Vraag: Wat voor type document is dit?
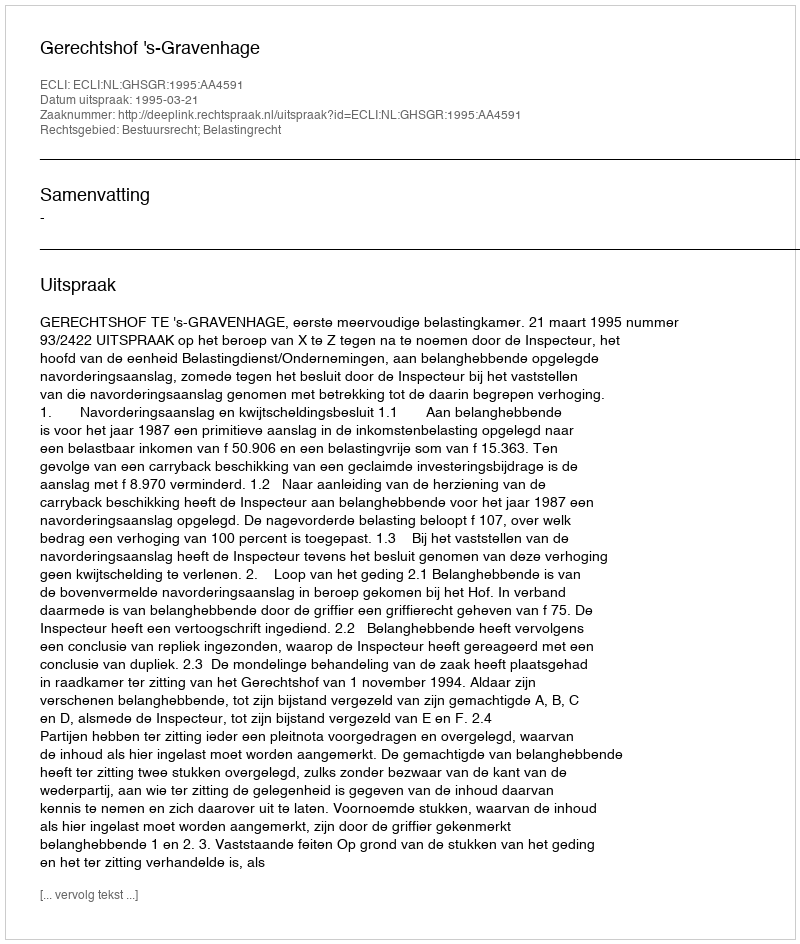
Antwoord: Uitspraak